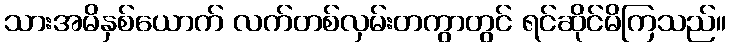
သားအမိနှစ်ယောက် လက်တစ်လှမ်းတကွာတွင် ရင်ဆိုင်မိကြသည်။